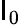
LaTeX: \mathsf{I}_{0}